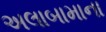
અલાબામાના